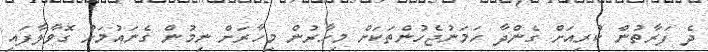
ދެ ފަރާތުން ކުރިއަށް ގެންދާ ހަމަނުޖެހުންތަކަށް މިހާރުން މިހާރަށް ނިމުން ގެނައުމަށް ގޮވާލާފައި